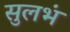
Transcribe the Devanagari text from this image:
सुलभं